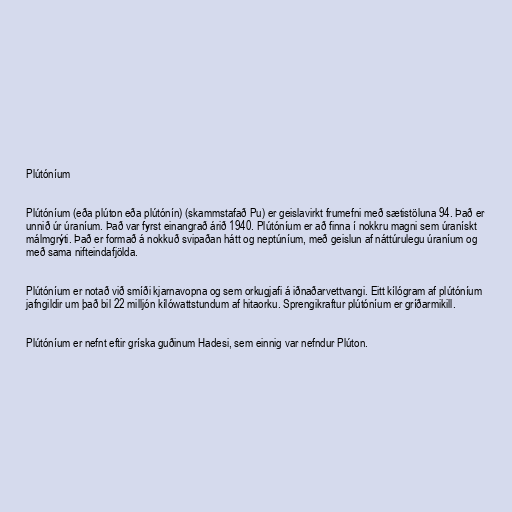
Plútóníum

Plútóníum (eða plúton eða plútónín) (skammstafað Pu) er geislavirkt frumefni með sætistöluna 94. Það er
unnið úr úraníum. Það var fyrst einangrað árið 1940. Plútóníum er að finna í nokkru magni sem úranískt
málmgrýti. Það er formað á nokkuð svipaðan hátt og neptúníum, með geislun af náttúrulegu úraníum og
með sama nifteindafjölda.

Plútóníum er notað við smíði kjarnavopna og sem orkugjafi á iðnaðarvettvangi. Eitt kílógram af plútóníum
jafngildir um það bil 22 milljón kílówattstundum af hitaorku. Sprengikraftur plútóníum er gríðarmikill.

Plútóníum er nefnt eftir gríska guðinum Hadesi, sem einnig var nefndur Plúton.